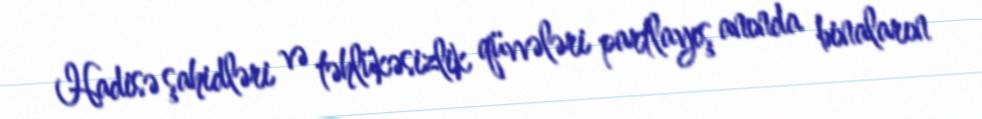
Hadisə şahidləri və təhlükəsizlik qüvvələri partlayış anında binaların